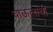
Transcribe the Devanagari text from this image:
चाऊलाची